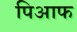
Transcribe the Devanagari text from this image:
पिआफ